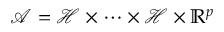
\mathcal { A } = \mathcal { H } \times \cdots \times \mathcal { H } \times \mathbb { R } ^ { p }